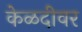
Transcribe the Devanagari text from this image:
केळदीवर